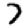
Digit: 7